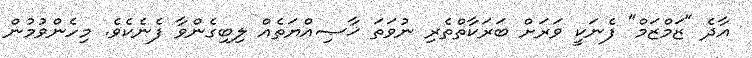
އާދެ "ޒަމްޒަމް" ފެނަކީ ވަރަށް ބަރަކާތްތެރި ނުވަތަ ޚާޞިއްޔަތެއް ލިބިގެންވާ ފެނެކެވެ. މިހެންވުމުން